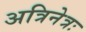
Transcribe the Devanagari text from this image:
अत्रिनेत्रः